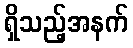
ရှိသည့်အနက်